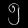
Digit: ၅